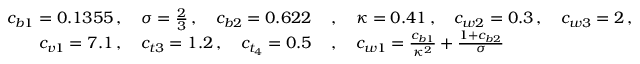
\begin{array} { r l } { c _ { b 1 } = 0 . 1 3 5 5 \, , \quad \sigma = \frac { 2 } { 3 } \, , \quad c _ { b 2 } = 0 . 6 2 2 \, } & { , \quad \kappa = 0 . 4 1 \, , \quad c _ { w 2 } = 0 . 3 \, , \quad c _ { w 3 } = 2 \, , } \\ { c _ { v 1 } = 7 . 1 \, , \quad c _ { t 3 } = 1 . 2 \, , \quad c _ { t _ { 4 } } = 0 . 5 \, } & { , \quad c _ { w 1 } = \frac { c _ { b 1 } } { \kappa ^ { 2 } } + \frac { 1 + c _ { b 2 } } { \sigma } } \end{array}